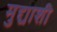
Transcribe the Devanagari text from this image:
मुद्द्याशी